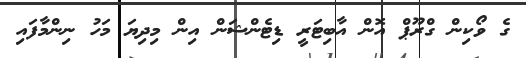
ގެ ވޯކިން ގްރޫޕް އޮން އާބިޓަރީ ޑިޓެންޝަން އިން މިދިޔަ މަހު ނިންމާފައި